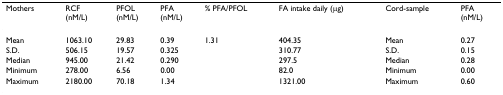
<table><thead><tr><td><b>Mothers</b></td><td><b>RCF(nM/L)</b></td><td><b>PFOL(nM/L)</b></td><td><b>PFA(nM/L)</b></td><td><b>% PFA/PFOL</b></td><td><b>FA intake daily (μg)</b></td><td><b>Cord-sample</b></td><td><b>PFA(nM/L)</b></td></tr></thead><tbody><tr><td>Mean</td><td>1063.10</td><td>29.83</td><td>0.39</td><td>1.31</td><td>404.35</td><td>Mean</td><td>0.27</td></tr><tr><td>S.D.</td><td>506.15</td><td>19.57</td><td>0.325</td><td></td><td>310.77</td><td>S.D.</td><td>0.15</td></tr><tr><td>Median</td><td>945.00</td><td>21.42</td><td>0.290</td><td></td><td>297.5</td><td>Median</td><td>0.28</td></tr><tr><td>Minimum</td><td>278.00</td><td>6.56</td><td>0.00</td><td></td><td>82.0</td><td>Minimum</td><td>0.00</td></tr><tr><td>Maximum</td><td>2180.00</td><td>70.18</td><td>1.34</td><td></td><td>1321.00</td><td>Maximum</td><td>0.60</td></tr></tbody></table>